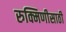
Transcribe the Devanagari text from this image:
रुक्मिणीसाठी